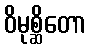
ဝိမုစ္ဆိတော